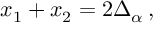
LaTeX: x _ { 1 } + x _ { 2 } = 2 \Delta _ { \alpha } \, ,